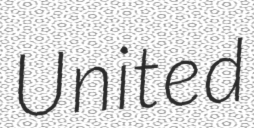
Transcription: United